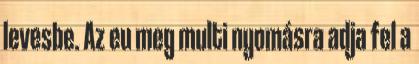
levesbe. Az eu meg multi nyomásra adja fel a